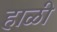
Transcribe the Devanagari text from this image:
हाळी